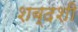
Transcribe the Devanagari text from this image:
शब्दशी